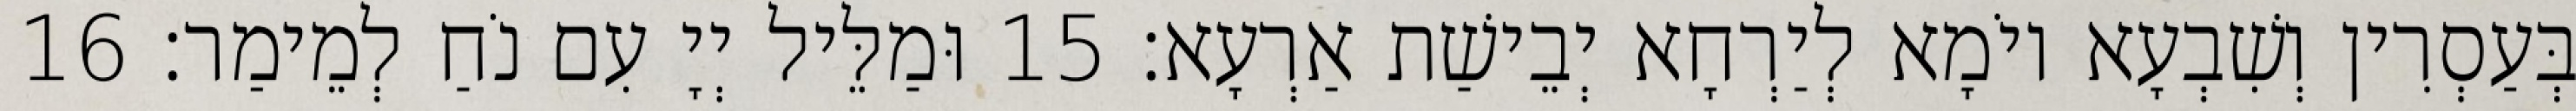
בְּעַסְרִין וְשִׁבְעָא יוֹמָא לְיַרְחָא יְבֵישַׁת אַרְעָא׃ 15 וּמַלֵּיל יְיָ עִם נֹחַ לְמֵימַר׃ 16